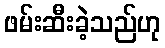
ဖမ်းဆီးခဲ့သည်ဟု